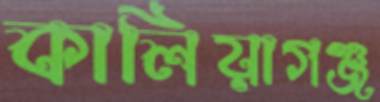
কালিয়াগঞ্জ